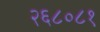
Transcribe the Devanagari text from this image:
२६८०८१